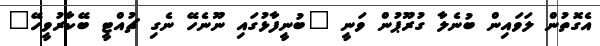
އެގޮތުން ލަވައިން ބުނެލާ ގުރޫޕުން ވަނީ "ބުނީފާޅުގައި ނޫނެހޭ ނެގި ޗުއްޓީ ބޭކާރުވީހޭ"